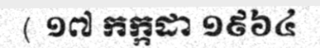
( ១៧ កក្កដា ១៩៦៤